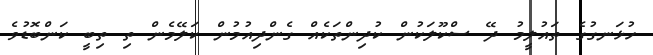
ހުޅަނގުގެ ތައުލީމު ދޭ ސްކޫލަކުން ކުދިންތަކެއް ގެންދިއުމުން ކަލޭމެން ތި ތިބީ ކަންބޮޑުވެ